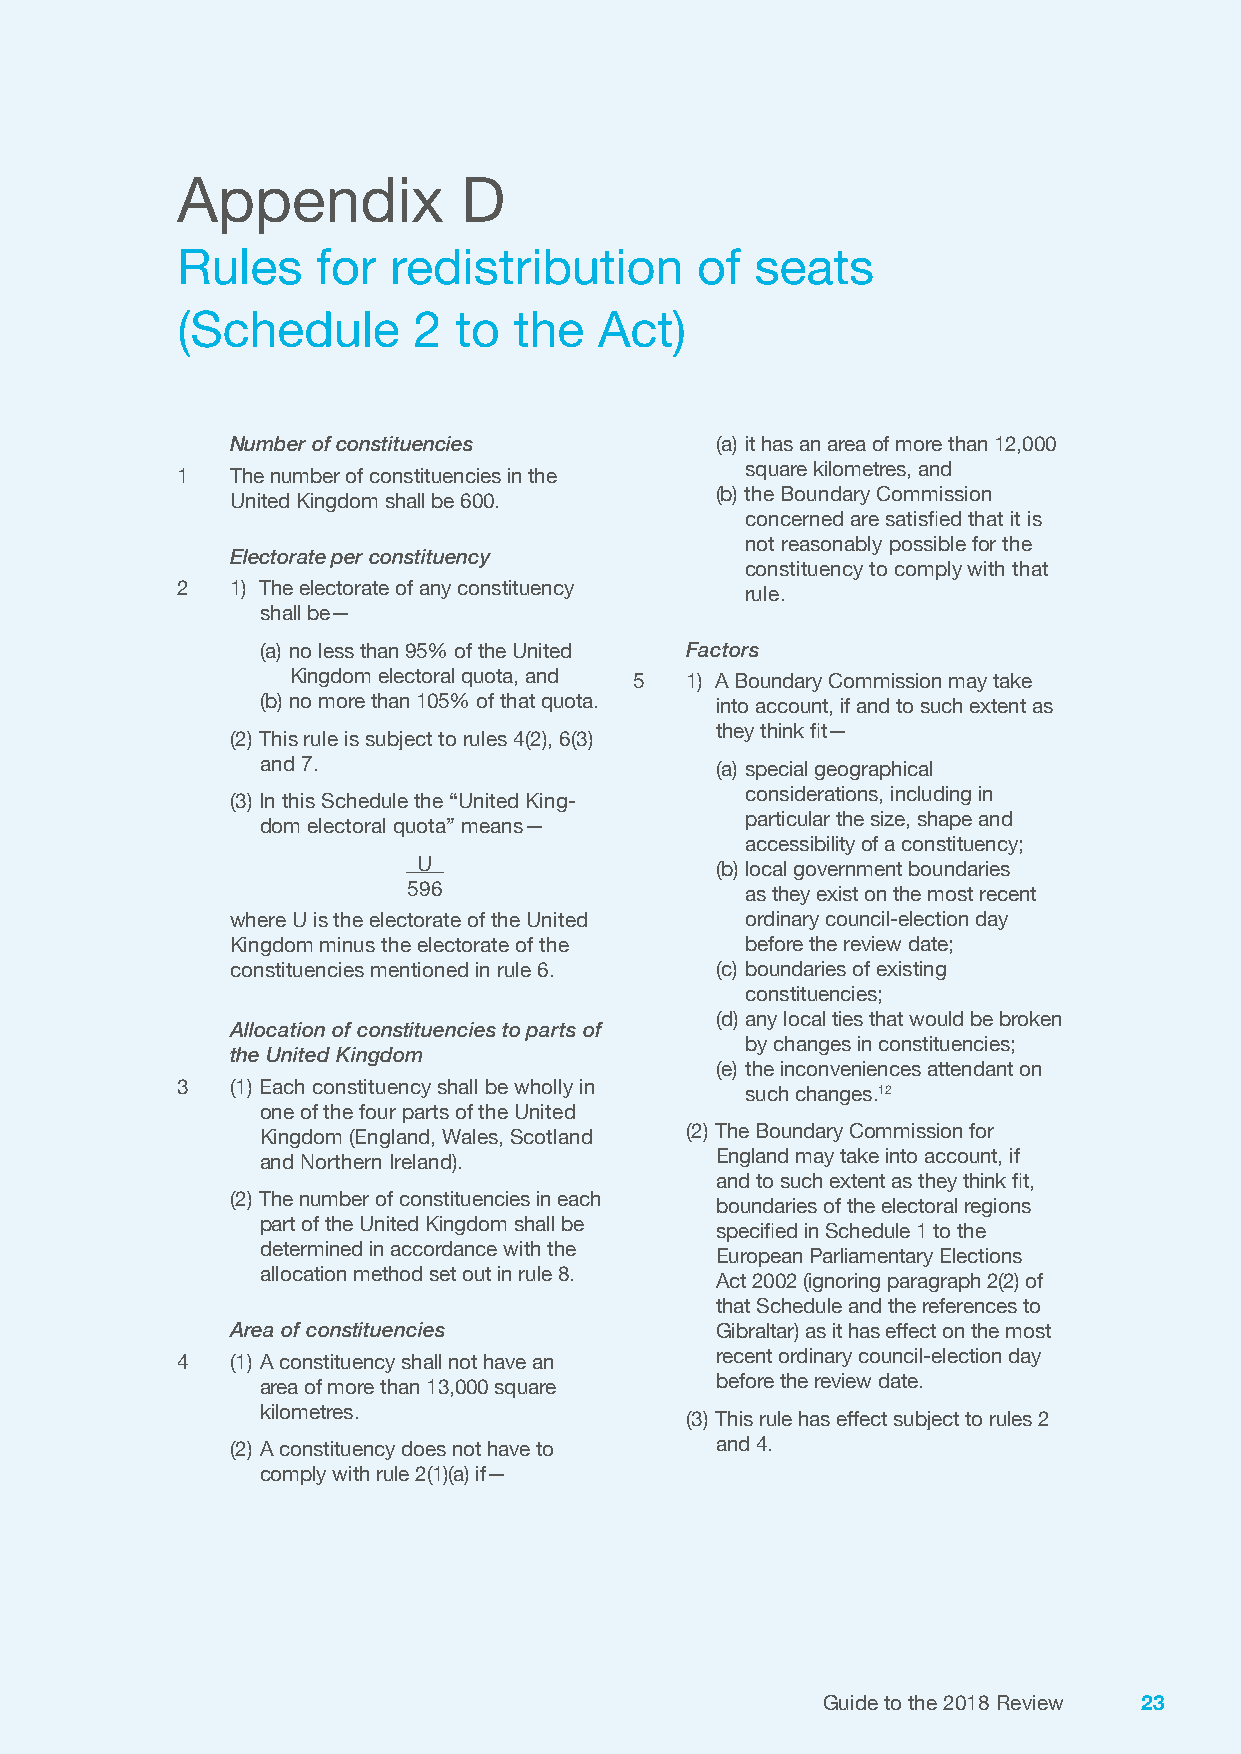
Appendix           D
 Rules    for  redistribution      of  seats
 (Schedule      2  to  the   Act)
 Number of constituencies        (a) it has an area of more than 12,000
 square kilometres, and
 1  The number of constituencies in the
 (b) the Boundary Commission
 United Kingdom shall be 600.
 concerned are satisfied that it is
 not reasonably possible for the
 Electorate per constituency
 constituency to comply with that
 2  1) The electorate of any constituency rule.
 shall be—
 (a) no less than 95% of the United Factors
 Kingdom electoral quota, and 5 1) A Boundary Commission may take
 (b) no more than 105% of that quota. into account, if and to such extent as
 they think fit—
 (2) This rule is subject to rules 4(2), 6(3)
 and 7.                        (a) special geographical
 considerations, including in
 (3) In this Schedule the “United King-
 particular the size, shape and
 dom electoral quota” means—
 accessibility of a constituency;
 U                  (b) local government boundaries
 596                   as they exist on the most recent
 where U is the electorate of the United ordinary council-election day
 Kingdom minus the electorate of the before the review date;
 constituencies mentioned in rule 6. (c) boundaries of existing
 constituencies;
 (d) any local ties that would be broken
 Allocation of constituencies to parts of
 by changes in constituencies;
 the United Kingdom
 (e) the inconveniences attendant on
 3  (1) Each constituency shall be wholly in such changes.12
 one of the four parts of the United
 Kingdom (England, Wales, Scotland (2) The Boundary Commission for
 and Northern Ireland).        England may take into account, if
 and to such extent as they think fit,
 (2) The number of constituencies in each
 boundaries of the electoral regions
 part of the United Kingdom shall be
 specified in Schedule 1 to the
 determined in accordance with the
 European Parliamentary Elections
 allocation method set out in rule 8.
 Act 2002 (ignoring paragraph 2(2) of
 that Schedule and the references to
 Area of constituencies          Gibraltar) as it has effect on the most
 4  (1) A constituency shall not have an recent ordinary council-election day
 area of more than 13,000 square before the review date.
 kilometres.
 (3) This rule has effect subject to rules 2
 (2) A constituency does not have to and 4.
 comply with rule 2(1)(a) if—
 Guide to the 2018 Review 23